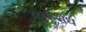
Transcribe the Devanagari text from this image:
ककुसंध